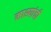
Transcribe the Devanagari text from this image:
माश्यांची